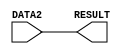
/*
    * CO224 - Computer Architecture
    * Lab 05 - Part 3
    * forward unit
    * Group 09 (E/20/148, E/20/157)
    * 2024-04-24
    * Version 1.0
*/


// FORWARD unit should simply send an operand value from DATA2 to its output. 
module forward(DATA2, RESULT);
    // Input-output Declaration
    input [7:0] DATA2;
    output [7:0] RESULT;

    // Result
    assign #1 RESULT = DATA2;
endmodule